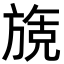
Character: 𬀌